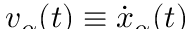
\smash { \v { v } _ { \alpha } ( t ) \equiv \dot { \v { x } } _ { \alpha } ( t ) }